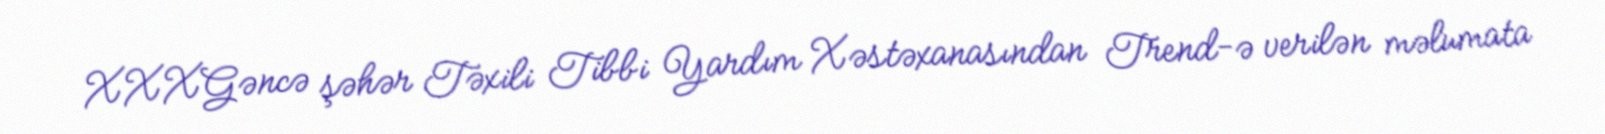
XXXGəncə şəhər Təxili Tibbi Yardım Xəstəxanasından Trend-ə verilən məlumata